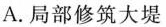
A.局部修筑大堤